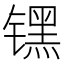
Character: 𬭶